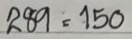
289 = 150